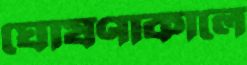
ঘোষণাকালে